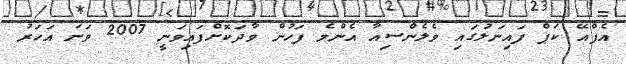
އެފްއޭ ކަޕް ފައިނަލުގައި ވެލެންސިއާ އެންމެ ފަހުން ވާދަކޮށްފައިވަނީ 2007 ވަނަ އަހަރު